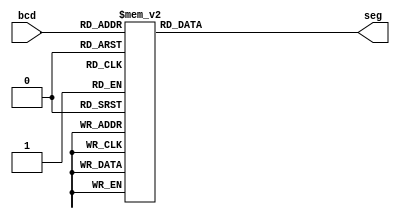
`timescale 1ns / 1ps
//////////////////////////////////////////////////////////////////////////////////
// Company: 
// 
// Design Name: 4 bit BCD to & segment display Decoder
// Module Name: segment7
// Project Name: 
// Target Devices: 
// Tool Versions: 
// Description: 
// 
// Dependencies: 
// 
// Revision:
// Revision 0.01 - File Created
// Additional Comments:
// 
//////////////////////////////////////////////////////////////////////////////////


module segment7(
     bcd,
     seg
    );
     
     input [3:0] bcd;
     output [6:0] seg;
     reg [6:0] seg;

    always @(bcd)
    begin
        case (bcd)
            0 : seg = 7'b1111110;
            1 : seg = 7'b0110000;
            2 : seg = 7'b1101101;
            3 : seg = 7'b1111001;
            4 : seg = 7'b0110011;
            5 : seg = 7'b1011011;
            6 : seg = 7'b1011111;
            7 : seg = 7'b1110000;
            8 : seg = 7'b1111111;
            9 : seg = 7'b1111011;
            default : seg = 7'b0000000; 
        endcase
    end
    
endmodule